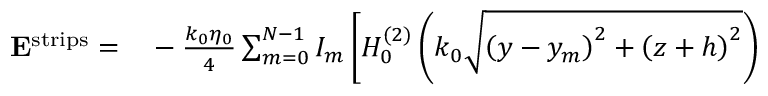
\begin{array} { r l } { \mathbf { E } ^ { \mathrm { s t r i p s } } = } & { { } - \frac { k _ { 0 } \eta _ { 0 } } { 4 } \sum _ { m = 0 } ^ { N - 1 } I _ { m } \left[ H _ { 0 } ^ { ( 2 ) } \left( k _ { 0 } \sqrt { \left( y - y _ { m } \right) ^ { 2 } + \left( z + h \right) ^ { 2 } } \right) \right. } \end{array}